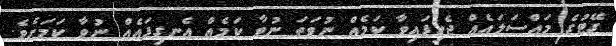
ގޭޓުގެ މައްސަލައެއް ޖެހިފައިވާ ކަމެއް ނުވަތަ ނުވާ ކަމެއް އެނގިފައެއް ނުވާ ކަމަށެވެ.